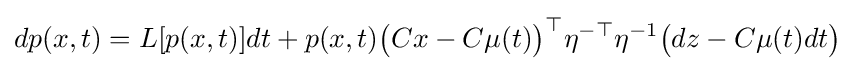
dp(x,t)=L[p(x,t)]dt+p(x,t){\big (}Cx-C\mu (t){\big )}^{\top }\eta ^{-\top }\eta ^{-1}{\big (}dz-C\mu (t)dt{\big )}